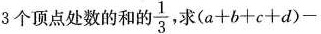
3个顶点处数的和的\frac{1}{3}， 求$$(a+b+c+d)-$$